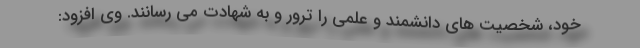
خود، شخصیت های دانشمند و علمی را ترور و به شهادت می رسانند. وی افزود: